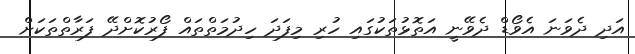
އަދި ދެވަނަ އެވޯޑް ދެވޭނީ އަތޮޅުތަކުގައި ހުރި މިފަދަ ހިދުމަތްތައް ފޯރުކޮށްދޭ ފަރާތްތަކަށް